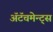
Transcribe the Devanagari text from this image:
अॅटॅचमेन्ट्‌स